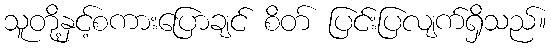
သူတို့နှင့်စကားပြောချင် စိတ် ပြင်းပြလျက်ရှိသည်။